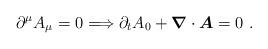
LaTeX: \begin{align*}\partial^\mu A_{\mu}=0\Longrightarrow \partial_t A_0+{\boldsymbol{\nabla}} \cdot {\boldsymbol{A}}=0\,\,.\end{align*}